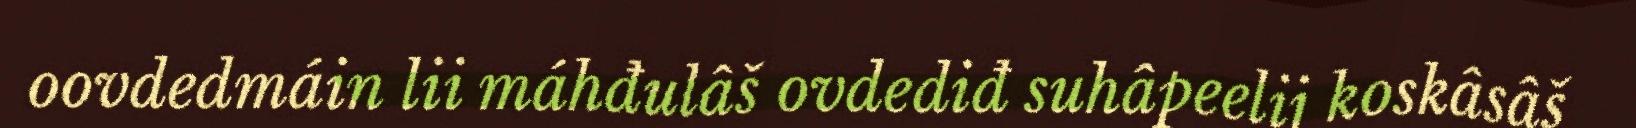
oovdedmáin lii máhđulâš ovdediđ suhâpeelij koskâsâš